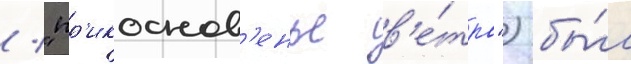
/ "пр'икоснов'енье в'е́тра") бы́л